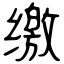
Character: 缴